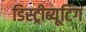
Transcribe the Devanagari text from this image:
डिस्ट्रीब्यूटिंग